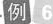
例6